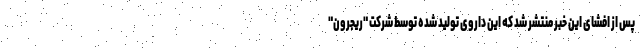
پس از افشای این خبر منتشر شد که این داروی تولید شده توسط شرکت "ریجرون"